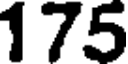
175